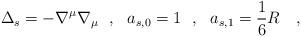
LaTeX: \begin{align*}\Delta_s=-\nabla^\mu\nabla_\mu~~,~~a_{s,0}=1~~,~~a_{s,1}=\frac 16 R~~~,\end{align*}